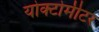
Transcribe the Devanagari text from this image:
योक्टोमीटर